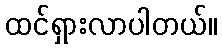
ထင်ရှားလာပါတယ်။